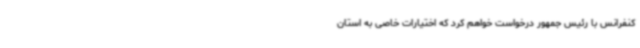
کنفرانس با رئیس جمهور درخواست خواهم کرد که اختیارات خاصی به استان